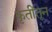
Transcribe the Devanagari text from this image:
कृतींतून